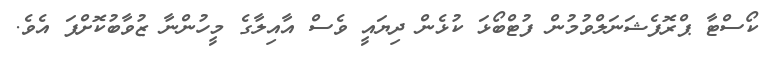
ކޯސްޓާ ޕްރޮފެޝަނަލްވުމުން ފުޓްބޯޅަ ކުޅެން ދިޔައީ ވެސް އާއިލާގެ މީހުންނާ ޒުވާބުކޮށްފަ އެވެ.